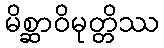
မိစ္ဆာဝိမုတ္တိဿ